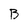
Character: B